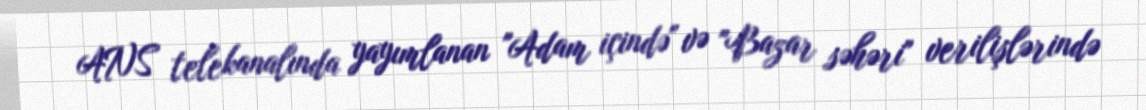
ANS telekanalında yayımlanan "Adam içində" və "Bazar səhəri" verilişlərində